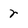
Character: r